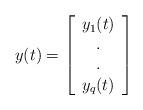
LaTeX: \begin{align*}y(t)=\left[\begin{array}{c}y_{1}(t) \\. \\. \\y_{q}(t)\end{array}\right]\end{align*}